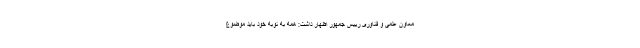
معاون علمی و فناوری رییس جمهور اظهار داشت: همه به نوبه خود باید موضوع